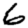
Digit: 6